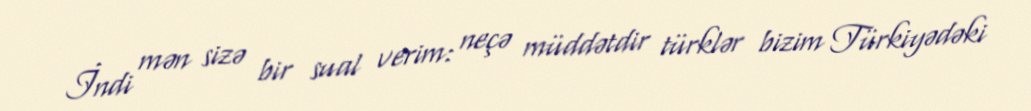
İndi mən sizə bir sual verim: neçə müddətdir türklər bizim Türkiyədəki